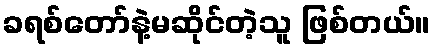
ခရစ်တော်နဲ့မဆိုင်တဲ့သူ ဖြစ်တယ်။